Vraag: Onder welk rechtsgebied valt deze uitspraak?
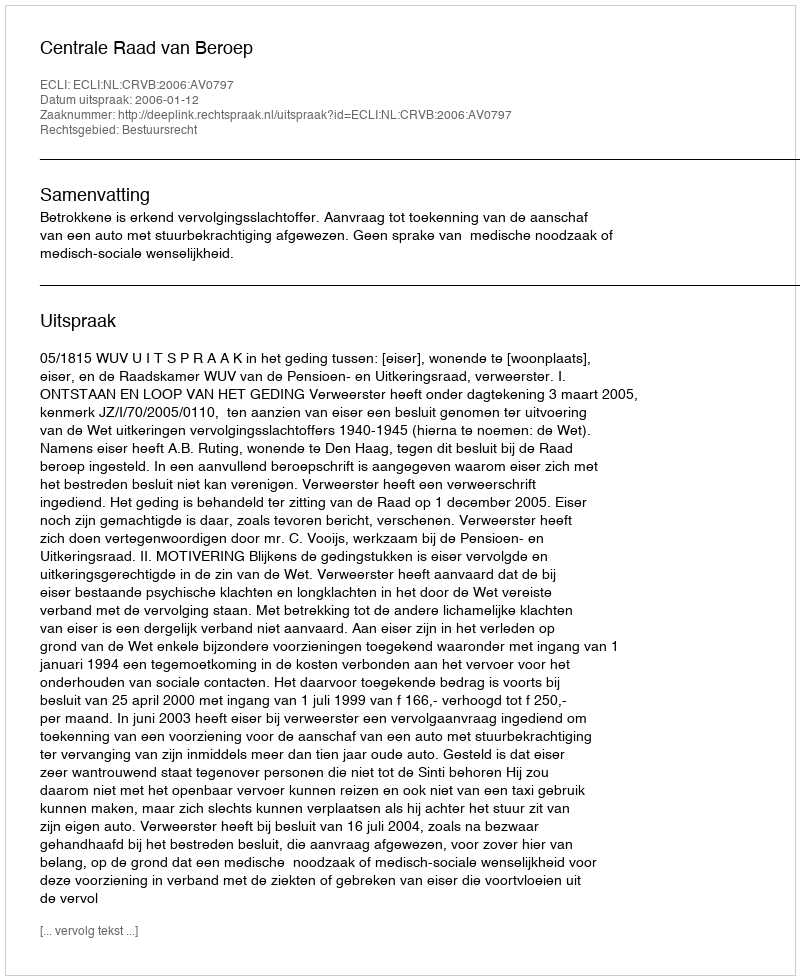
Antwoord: Bestuursrecht